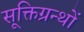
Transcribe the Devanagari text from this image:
सूक्तिग्रन्थों